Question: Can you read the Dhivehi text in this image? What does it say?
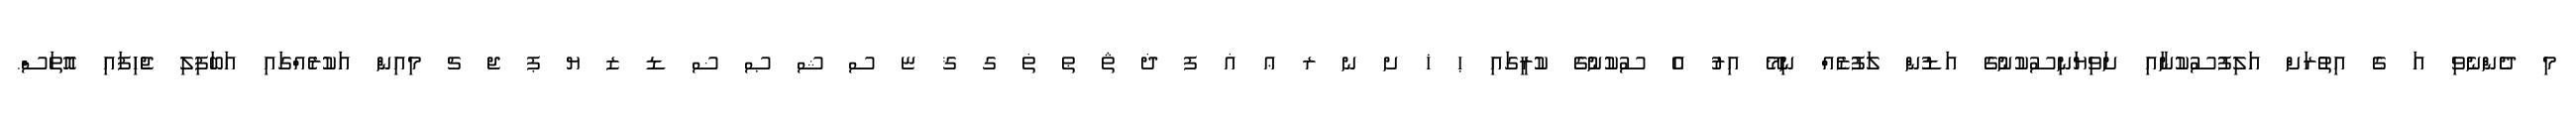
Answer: މި ދެންނެވި އަ ގެ އިތުރަށް އަލިފުސުކުނާއި ށަވިޔަނިސުކުނުގެ އަޑުން ލަފުޒެއް ނިމޭ އިރު އެ ސުކުނުގެ ކުރީގައި ޙ ޚ ށ ނ ރ ޢ ޣ ފ ޛ ޘ ޠ ޡ ގ ޤ ޏ ސ ޝ ޞ ޟ ޑ ޒ ޔ ޕ ޖ ޗ މިއިން އަކުރެއްގައި އަބަފިލި ޖެހިފައި އޮތަސް.